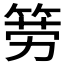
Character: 𱸇